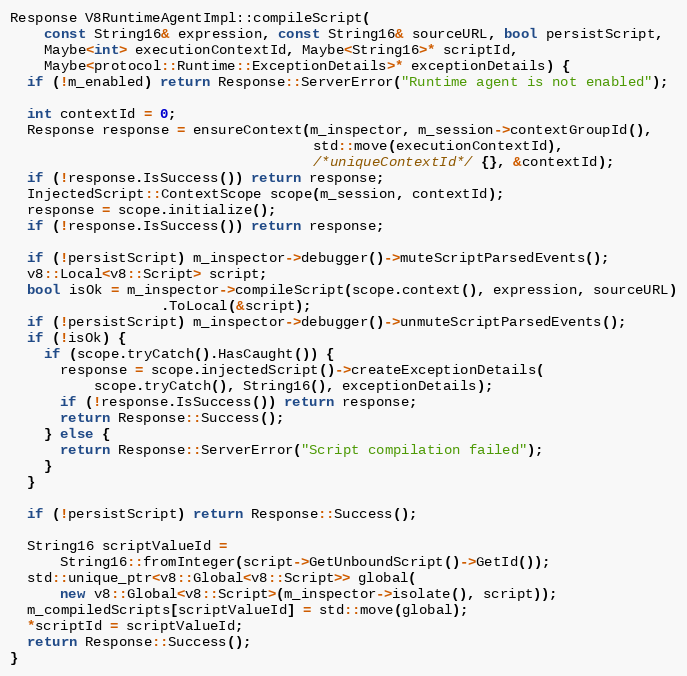
Language: C++
Response V8RuntimeAgentImpl::compileScript(
    const String16& expression, const String16& sourceURL, bool persistScript,
    Maybe<int> executionContextId, Maybe<String16>* scriptId,
    Maybe<protocol::Runtime::ExceptionDetails>* exceptionDetails) {
  if (!m_enabled) return Response::ServerError("Runtime agent is not enabled");

  int contextId = 0;
  Response response = ensureContext(m_inspector, m_session->contextGroupId(),
                                    std::move(executionContextId),
                                    /*uniqueContextId*/ {}, &contextId);
  if (!response.IsSuccess()) return response;
  InjectedScript::ContextScope scope(m_session, contextId);
  response = scope.initialize();
  if (!response.IsSuccess()) return response;

  if (!persistScript) m_inspector->debugger()->muteScriptParsedEvents();
  v8::Local<v8::Script> script;
  bool isOk = m_inspector->compileScript(scope.context(), expression, sourceURL)
                  .ToLocal(&script);
  if (!persistScript) m_inspector->debugger()->unmuteScriptParsedEvents();
  if (!isOk) {
    if (scope.tryCatch().HasCaught()) {
      response = scope.injectedScript()->createExceptionDetails(
          scope.tryCatch(), String16(), exceptionDetails);
      if (!response.IsSuccess()) return response;
      return Response::Success();
    } else {
      return Response::ServerError("Script compilation failed");
    }
  }

  if (!persistScript) return Response::Success();

  String16 scriptValueId =
      String16::fromInteger(script->GetUnboundScript()->GetId());
  std::unique_ptr<v8::Global<v8::Script>> global(
      new v8::Global<v8::Script>(m_inspector->isolate(), script));
  m_compiledScripts[scriptValueId] = std::move(global);
  *scriptId = scriptValueId;
  return Response::Success();
}